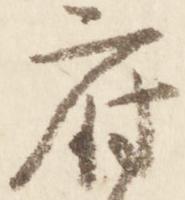
府